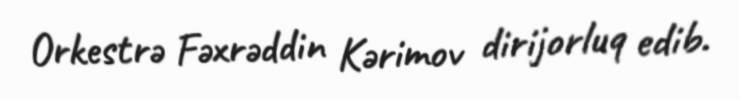
Orkestrə Fəxrəddin Kərimov dirijorluq edib.